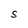
Character: S